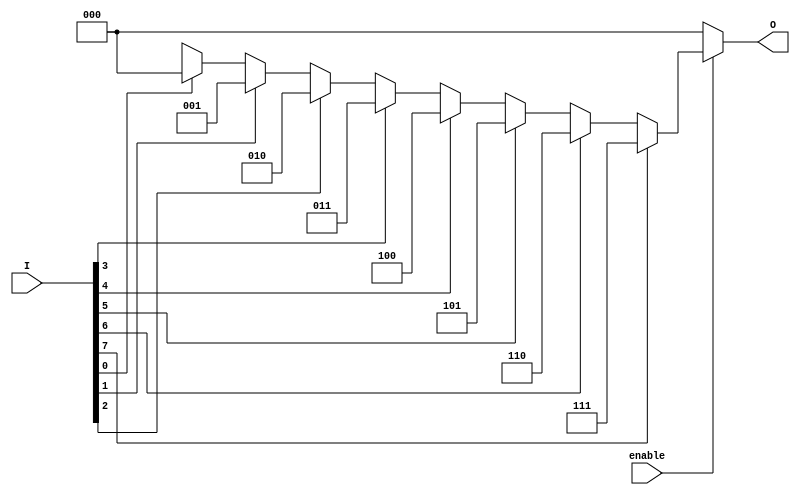
module octal_to_binary_encoder (
    input wire [7:0] I,        // Octal input (8 lines)
    input wire enable,         // Enable signal
    output reg [2:0] O        // Binary output (3 lines)
);

// Priority encoder logic
always @(*) begin
    if (!enable) begin
        O = 3'b000; // Default state when enable is low
    end else begin
        case (1'b1) // Check for the highest priority active input
            I[7]: O = 3'b111; // I7 is active
            I[6]: O = 3'b110; // I6 is active
            I[5]: O = 3'b101; // I5 is active
            I[4]: O = 3'b100; // I4 is active
            I[3]: O = 3'b011; // I3 is active
            I[2]: O = 3'b010; // I2 is active
            I[1]: O = 3'b001; // I1 is active
            I[0]: O = 3'b000; // I0 is active
            default: O = 3'bxxx; // Invalid state (multiple inputs active or none)
        endcase
    end
end

endmodule